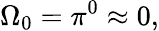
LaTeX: \Omega_{0}=\pi^{0}\approx 0,